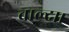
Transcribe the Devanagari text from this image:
चाल्दा।